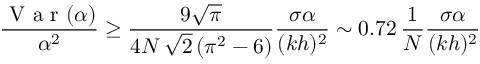
\frac { \mathrm { ~ V ~ a ~ r ~ } ( \alpha ) } { \alpha ^ { 2 } } \geq \frac { 9 \sqrt { \pi } } { 4 N \, \sqrt { 2 } \left( \pi ^ { 2 } - 6 \right) } \frac { \sigma \alpha } { ( k h ) ^ { 2 } } \sim 0 . 7 2 \, \frac { 1 } { N } \frac { \sigma \alpha } { ( k h ) ^ { 2 } }